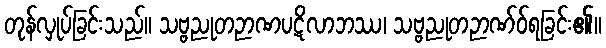
တုန်လှုပ်ခြင်းသည်။ သဗ္ဗညုတဉာဏပဋိလာဘဿ၊ သဗ္ဗညုတဉာဏ်ဝ်ရခြင်း၏။